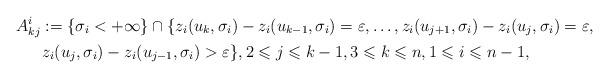
LaTeX: \begin{gather*}A_{kj}^i:=\{\sigma_i<+\infty\} \cap \{z_i(u_k,\sigma_i)-z_i(u_{k-1},\sigma_i)= \varepsilon,\ldots,z_i(u_{j+1},\sigma_i)-z_i(u_j,\sigma_i)=\varepsilon,\\z_i(u_j,\sigma_i)-z_i(u_{j-1},\sigma_i)>\varepsilon\},2\leqslant j\leqslant k-1,3\leqslant k\leqslant n,1\leqslant i\leqslant n-1,\end{gather*}